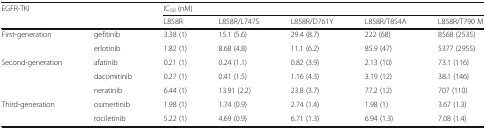
<table><thead><tr><td rowspan="2" colspan="2"><b>EGFR-TKI</b></td><td colspan="5"><b>IC<sub>50</sub> (nM)</b></td></tr><tr><td><b>L858R</b></td><td><b>L858R/L747S</b></td><td><b>L858R/D761Y</b></td><td><b>L858R/T854A</b></td><td><b>L858R/T790 M</b></td></tr></thead><tbody><tr><td rowspan="2">First-generation</td><td>gefitinib</td><td>3.38 (1)</td><td>15.1 (5.6)</td><td>29.4 (8.7)</td><td>222 (68)</td><td>8568 (2535)</td></tr><tr><td>erlotinib</td><td>1.82 (1)</td><td>8.68 (4.8)</td><td>11.1 (6.2)</td><td>85.9 (47)</td><td>5377 (2955)</td></tr><tr><td rowspan="3">Second-generation</td><td>afatinib</td><td>0.21 (1)</td><td>0.24 (1.1)</td><td>0.82 (3.9)</td><td>2.13 (10)</td><td>73.1 (116)</td></tr><tr><td>dacomitinib</td><td>0.27 (1)</td><td>0.41 (1.5)</td><td>1.16 (4.3)</td><td>3.19 (12)</td><td>38.1 (146)</td></tr><tr><td>neratinib</td><td>6.44 (1)</td><td>13.91 (2.2)</td><td>23.8 (3.7)</td><td>77.2 (12)</td><td>707 (110)</td></tr><tr><td rowspan="2">Third-generation</td><td>osimertinib</td><td>1.98 (1)</td><td>1.74 (0.9)</td><td>2.74 (1.4)</td><td>1.98 (1)</td><td>3.67 (1.3)</td></tr><tr><td>rociletinib</td><td>5.22 (1)</td><td>4.69 (0.9)</td><td>6.71 (1.3)</td><td>6.94 (1.3)</td><td>7.08 (1.4)</td></tr></tbody></table>